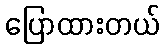
ပြောထားတယ်